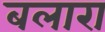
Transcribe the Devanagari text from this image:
बलारा